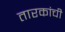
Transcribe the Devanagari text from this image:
तारकांची